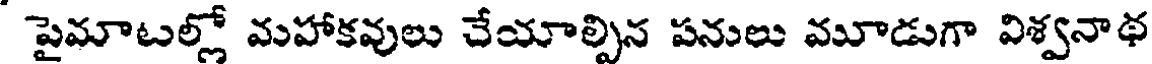
పైమాటల్లో మహాకవులు చేయాల్పిన పనులు మూడుగా విశ్వనాథ